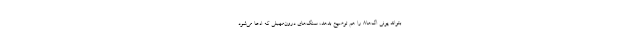
بتواند یونی اگ‌ها۸ را هم توضیح بدهد، سنگ‌های درون‌مهبلی که ادعا می‌شود